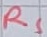
Text: RS